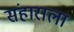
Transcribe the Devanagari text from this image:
संहाराला